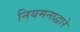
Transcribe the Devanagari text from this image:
नियमनाद्वारे